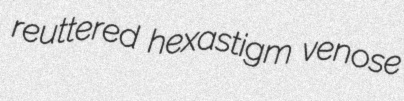
reuttered hexastigm venose